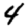
Digit: 4